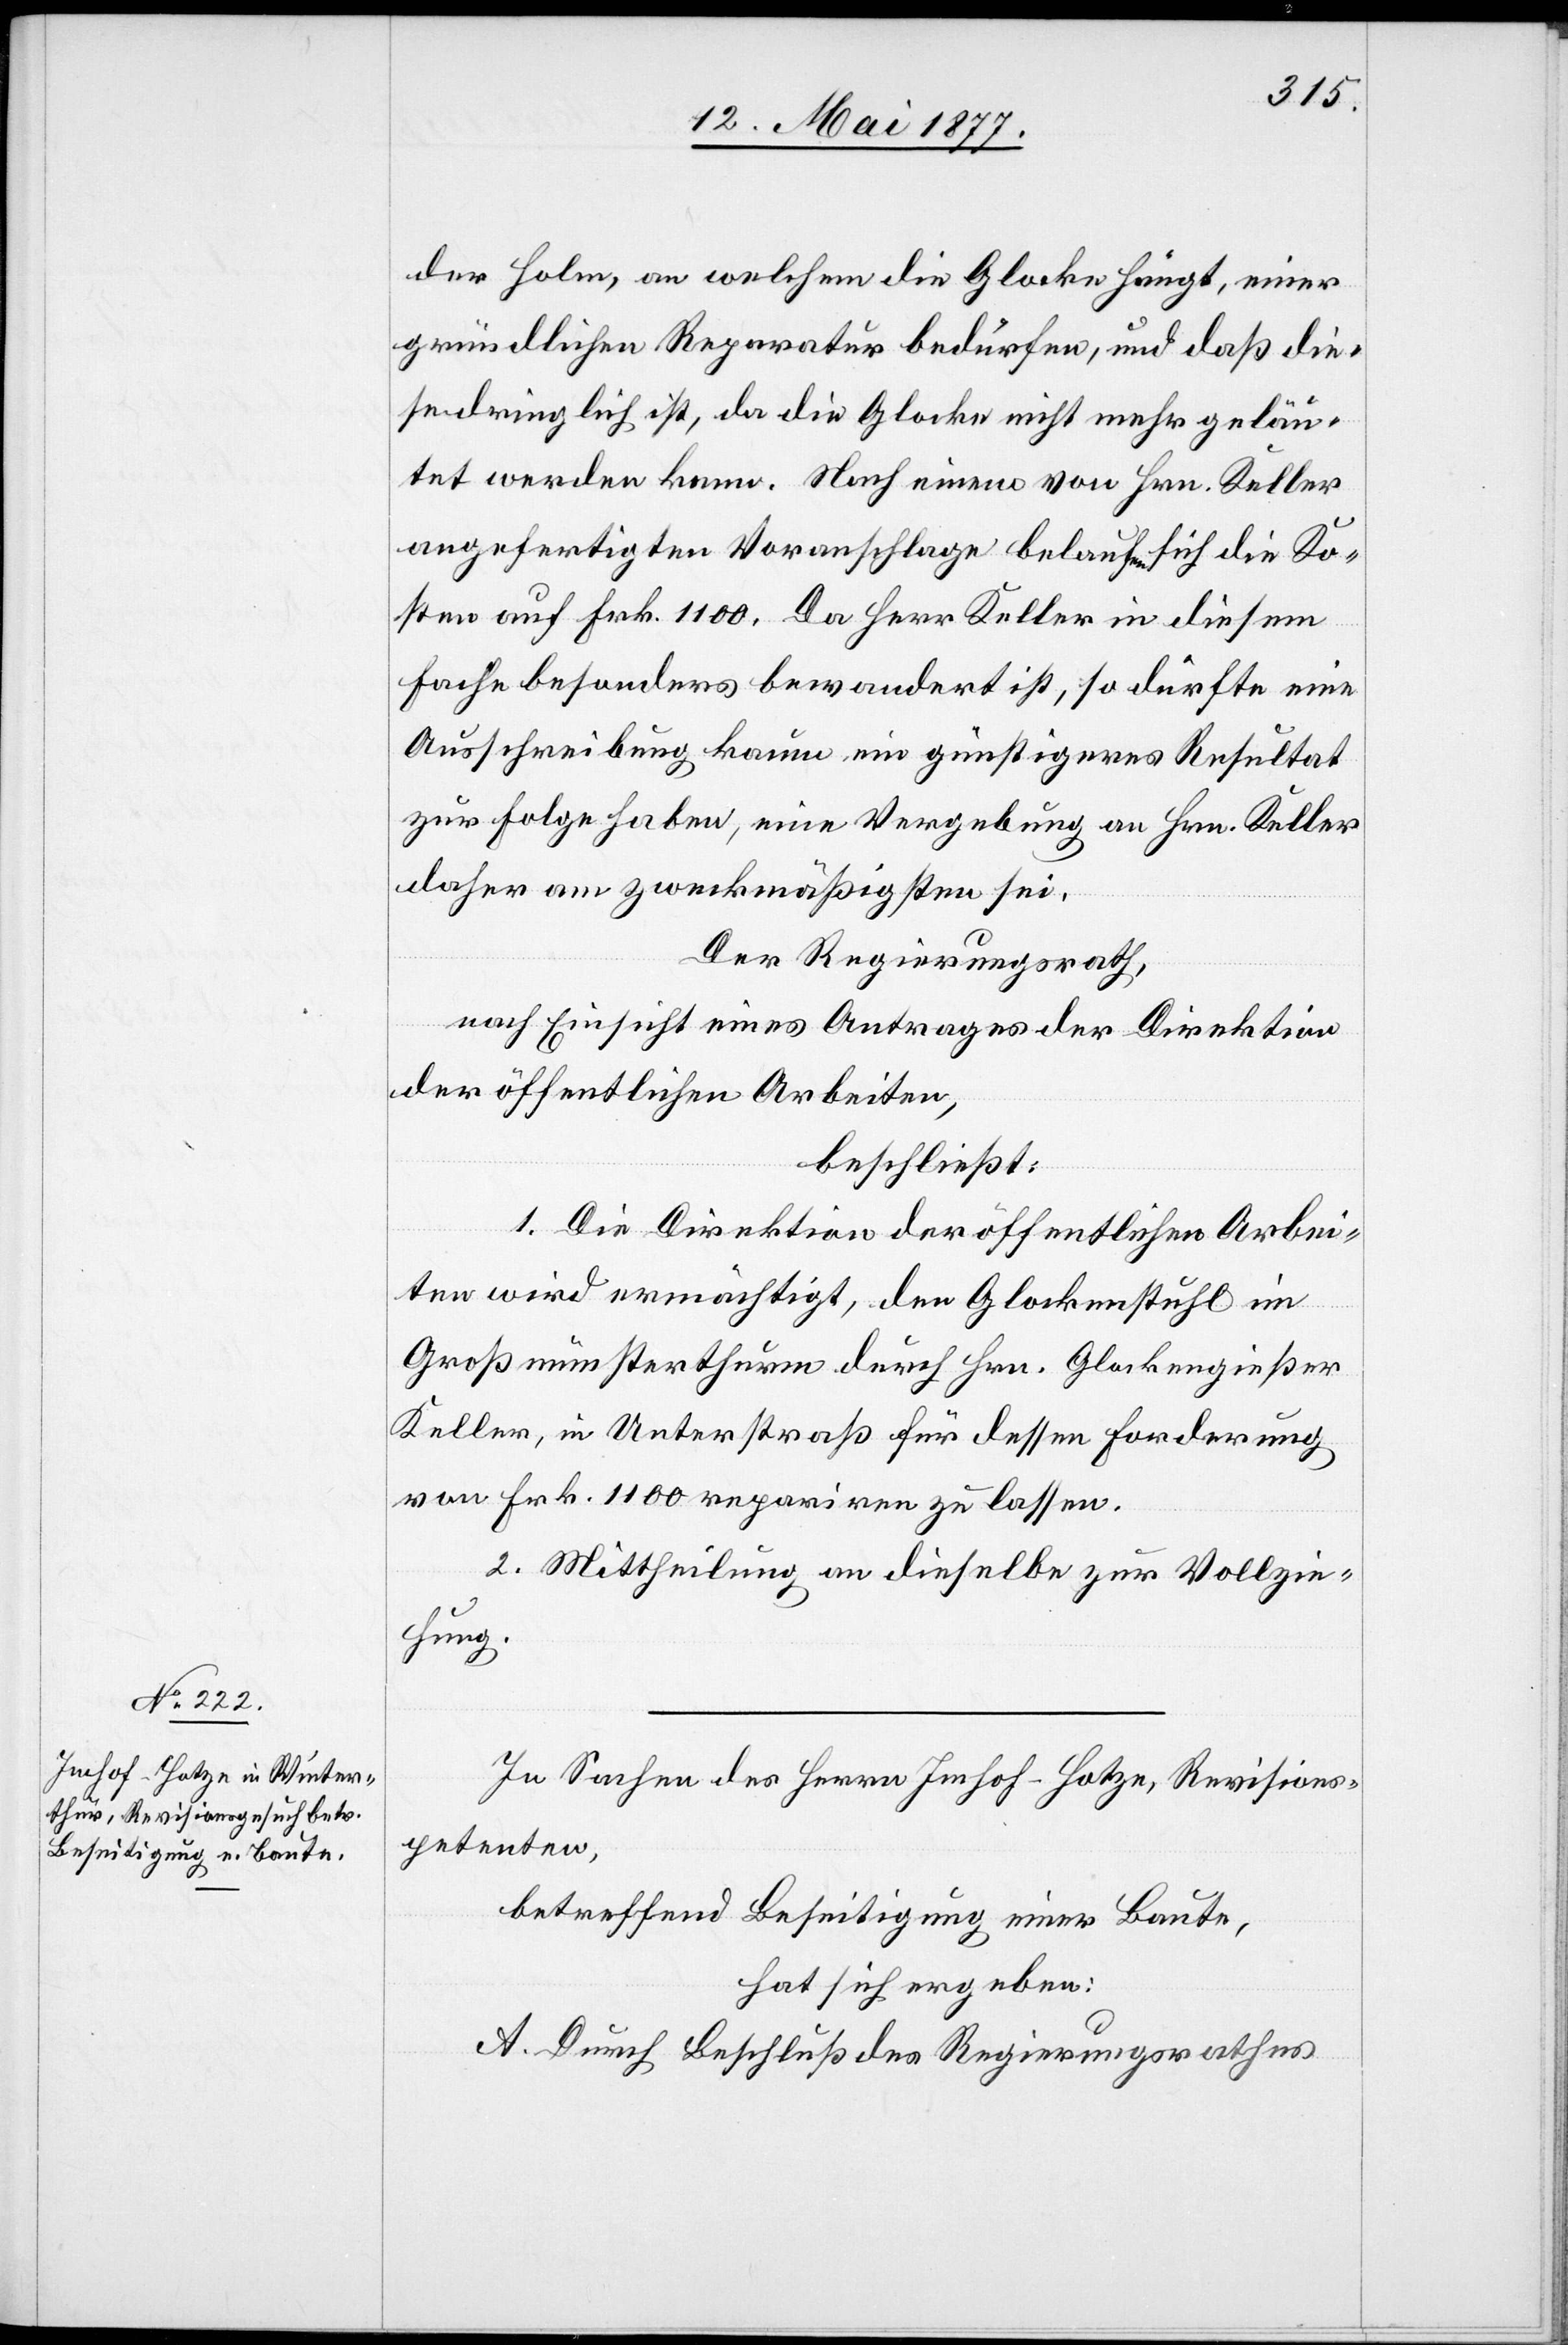
der Holm, an welchem die Glocke hängt, einer
gründlichen Reparatur bedürfen, und daß die¬
se dringlich ist, da die Glocke nicht mehr geläu¬
tet werden kann. Nach einem von Hrn. Keller
angefertigten Voranschlage belaufen sich die Ko¬
sten auf Frk. 1100. Da Herr Keller in diesem
Fache besonders bewandert ist, so dürfte eine
Ausschreibung kaum ein günstigeres Resultat
zu Folge haben, eine Vergebung an Hrn. Keller
daher am zweckmäßigsten sei
Der Regierungsrath,
nach Einsicht eines Antrages der Direktion
der öffentlichen Arbeiten,
beschließt:
1. Die Direktion der öffentlichen Arbei¬
ten wird ermächtigt, den Glockenstuhl im
Großmünsterthurm durch Hrn. Glockengießer
Keller, in Unterstraß für dessen Forderung
von Frk. 1100 repariren zu lassen.
2. Mittheilung an dieselbe zur Vollzie¬
hung.
In Sachen des Herrn Imhof-Hotze, Revisions¬
petenten,
betreffend Beseitigung einer Baute,
hat sich ergeben:
A. Durch Beschluß des Regierungsrathes